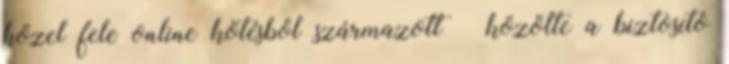
közel fele online kötésből származott – közölte a biztosító